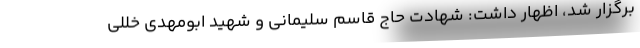
برگزار شد، اظهار داشت: شهادت حاج قاسم سلیمانی و شهید ابومهدی خللی